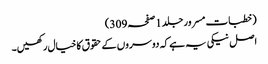
(خطبات مسرور جلد1صفحہ309)
اصل نیکی یہ ہے کہ دوسروں کے حقوق کا خیال رکھیں۔